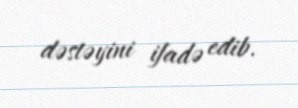
dəstəyini ifadə edib.